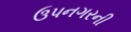
ઉપનગરની